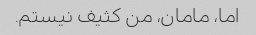
اما، مامان، من کثیف نیستم.